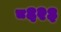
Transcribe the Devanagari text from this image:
८६२३